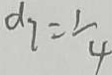
d _ { 7 } = \frac { 1 } { 4 }